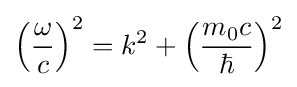
\left({\frac {\omega }{c}}\right)^{2}=k^{2}+\left({\frac {m_{0}c}{\hbar }}\right)^{2}